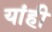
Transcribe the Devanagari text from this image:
यांही